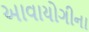
આવાયોગીના